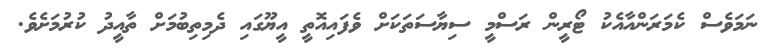
ނަމަވެސް ކެމަރަންއާއެކު ޓޯރީން ރަސްމީ ސިޔާސަތަކަށް ވެފައިއޮތީ އީޔޫގައި ދެމިތިބުމަށް ތާއީދު ކުރުމަށެވެ.